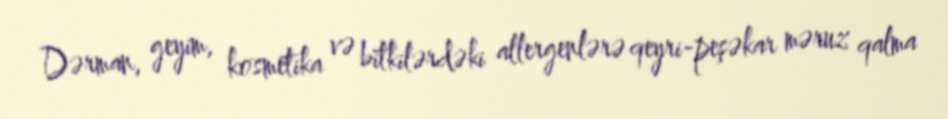
Dərman, geyim, kosmetika və bitkilərdəki allergenlərə qeyri-peşəkar məruz qalma